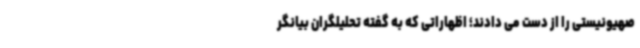
صهیونیستی را از دست می دادند؛ اظهاراتی که به گفته تحلیلگران بیانگر